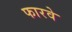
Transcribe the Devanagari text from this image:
फारवे